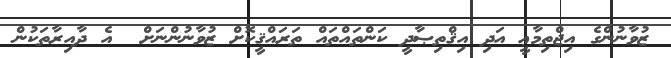
ޒުވާނުންގެ އިޖްތިމާޢީ އަދި އިޤްތިޞާދީ ކަންތައްތައް ތަރައްޤީކޮށް ޒުވާނުންނަށް  އެ ދާއިރާތަކުން